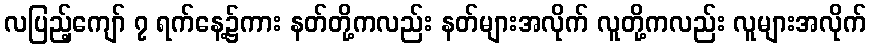
လပြည့်ကျော် ၇ ရက်နေ့၌ကား နတ်တို့ကလည်း နတ်များအလိုက် လူတို့ကလည်း လူများအလိုက်